画像に写った文字を読んでください
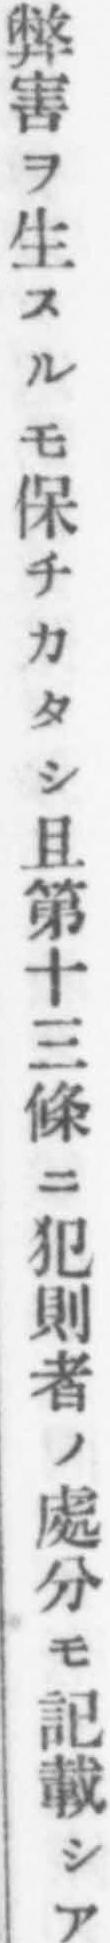
「弊害ヲ生スルモ保チカタシ且第十三條ニ犯則者ノ處分モ記載シア」と書いてあります